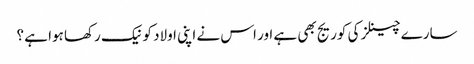
سارے چینلز کی کوریج بھی ہے اور اس نے اپنی اولاد کو نیک رکھا ہوا ہے ؟